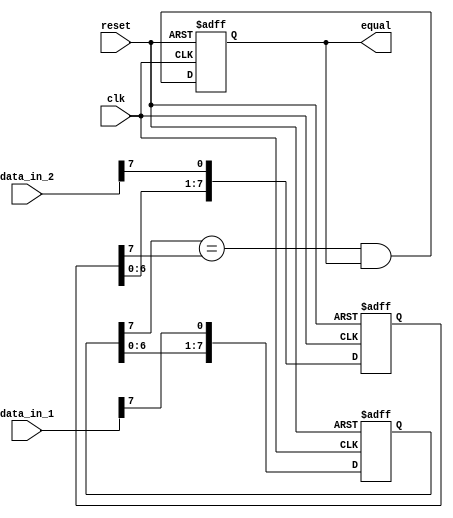
module Serial_Comparator (
    input wire clk,
    input wire reset,
    input wire [7:0] data_in_1,
    input wire [7:0] data_in_2,
    output reg equal
);

reg [7:0] shift_data_1;
reg [7:0] shift_data_2;

always @(posedge clk or posedge reset) begin
    if (reset) begin
        shift_data_1 <= 8'b0;
        shift_data_2 <= 8'b0;
        equal <= 1'b0;
    end else begin
        shift_data_1 <= {shift_data_1[6:0], data_in_1[7]};
        shift_data_2 <= {shift_data_2[6:0], data_in_2[7]};
        
        equal <= ((shift_data_1[7] == shift_data_2[7]) && equal);
    end
end

endmodule